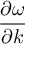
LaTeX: \frac { \partial \omega } { \partial k }